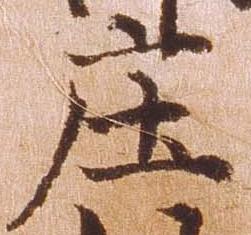
庄